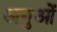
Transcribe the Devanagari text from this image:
अगुओं